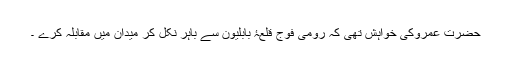
حضرت عمروکی خواہش تھی کہ رومی فوج قلعۂ بابلیون سے باہر نکل کر میدان میں مقابلہ کرے ۔